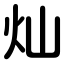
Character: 灿